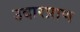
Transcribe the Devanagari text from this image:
उदारप्राण